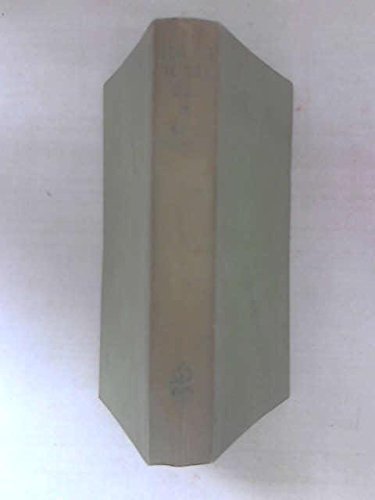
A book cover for Escape to the sea: The adventures of Fred Rebell who sailed single-handed in an open boat 9,000 miles across the Pacific in search of happiness; Fred Rebell; Travel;